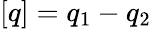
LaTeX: [q]=q_{1}-q_{2}